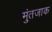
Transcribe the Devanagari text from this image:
मुंतजाक